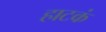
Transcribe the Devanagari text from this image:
हाटकं